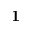
\mathbf { 1 }